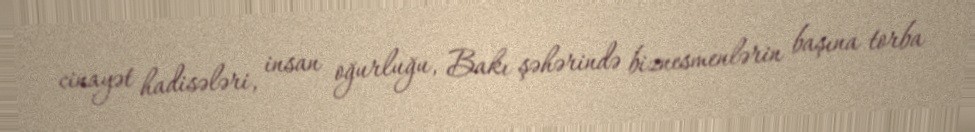
cinayət hadisələri, insan oğurluğu, Bakı şəhərində biznesmenlərin başına torba